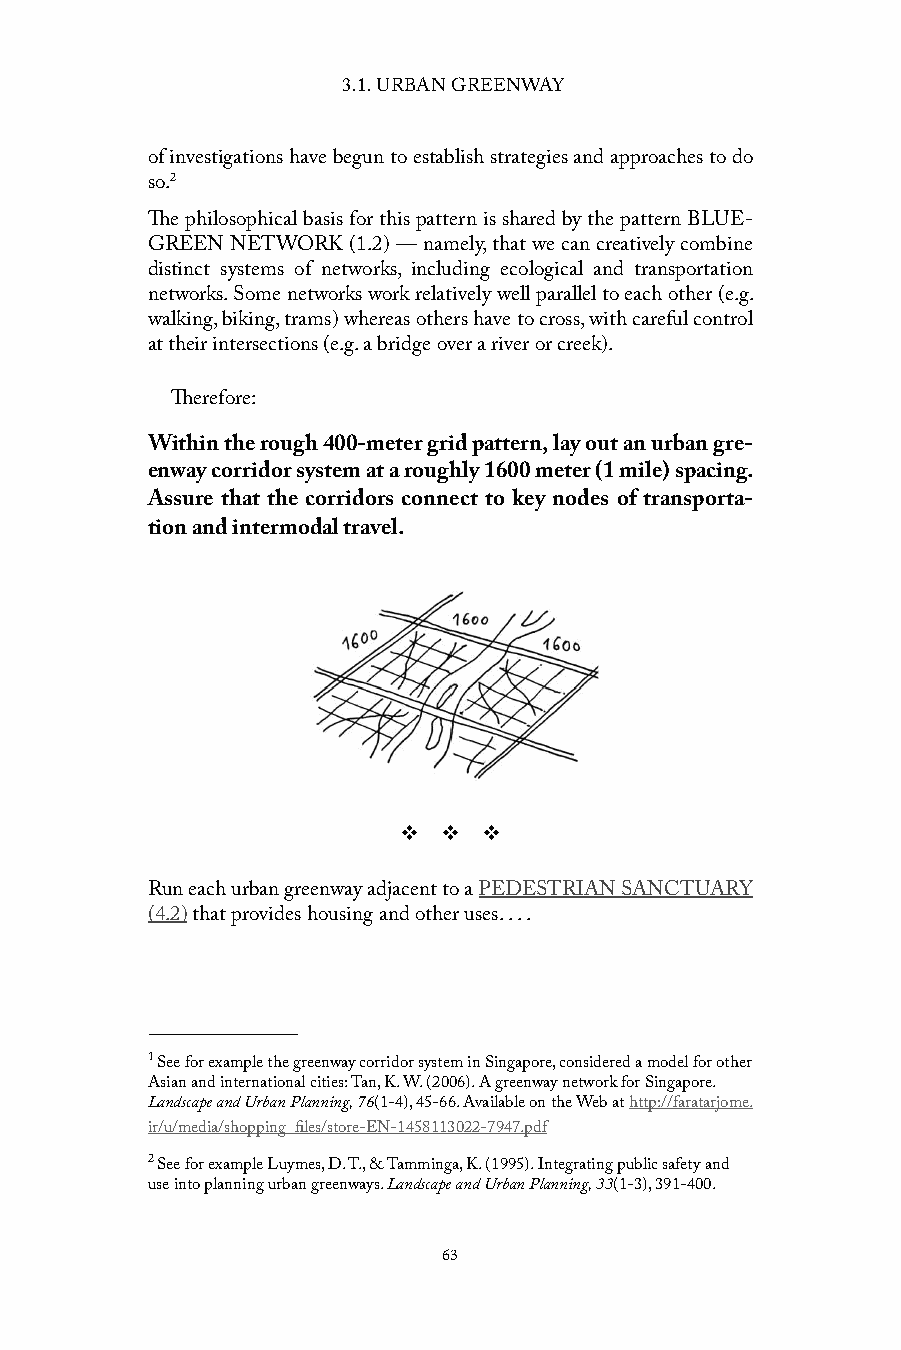
3.1. URBAN GREENWAY
 of investigations have begun to establish strategies and approaches to do
 so.2
 The philosophical basis for this pattern is shared by the pattern BLUE-
 GREEN NETWORK (1.2) — namely, that we can creatively combine
 distinct systems of networks, including ecological and transportation
 networks. Some networks work relatively well parallel to each other (e.g.
 walking, biking, trams) whereas others have to cross, with careful control
 at their intersections (e.g. a bridge over a river or creek).
 Therefore:
 Within the rough 400-meter grid pattern, lay out an urban gre-
 enway corridor system at a roughly 1600 meter (1 mile) spacing.
 Assure that the corridors connect to key nodes of transporta-
 tion and intermodal travel.
 v  v  v
 Run each urban greenway adjacent to a PEDESTRIAN SANCTUARY
 (4.2) that provides housing and other uses. . . .
 1 See for example the greenway corridor system in Singapore, considered a model for other
 Asian and international cities: Tan, K. W. (2006). A greenway network for Singapore.
 Landscape and Urban Planning, 76(1-4), 45-66. Available on the Web at http://faratarjome.
 ir/u/media/shopping_files/store-EN-1458113022-7947.pdf
 2 See for example Luymes, D. T., & Tamminga, K. (1995). Integrating public safety and
 use into planning urban greenways. Landscape and Urban Planning, 33(1-3), 391-400.
 63